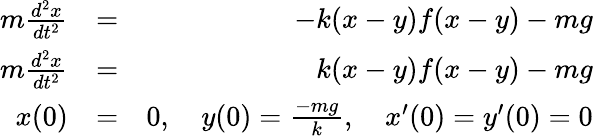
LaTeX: \begin{array}{rlr}{m\frac{d^{2}x}{dt^{2}}}&{=}&{-k(x-y)f(x-y)-mg}\\ {m\frac{d^{2}x}{dt^{2}}}&{=}&{k(x-y)f(x-y)-mg}\\ {x(0)}&{=}&{0,\quad y(0)=\frac{-mg}{k},\quad x^{\prime}(0)=y^{\prime}(0)=0}\end{array}